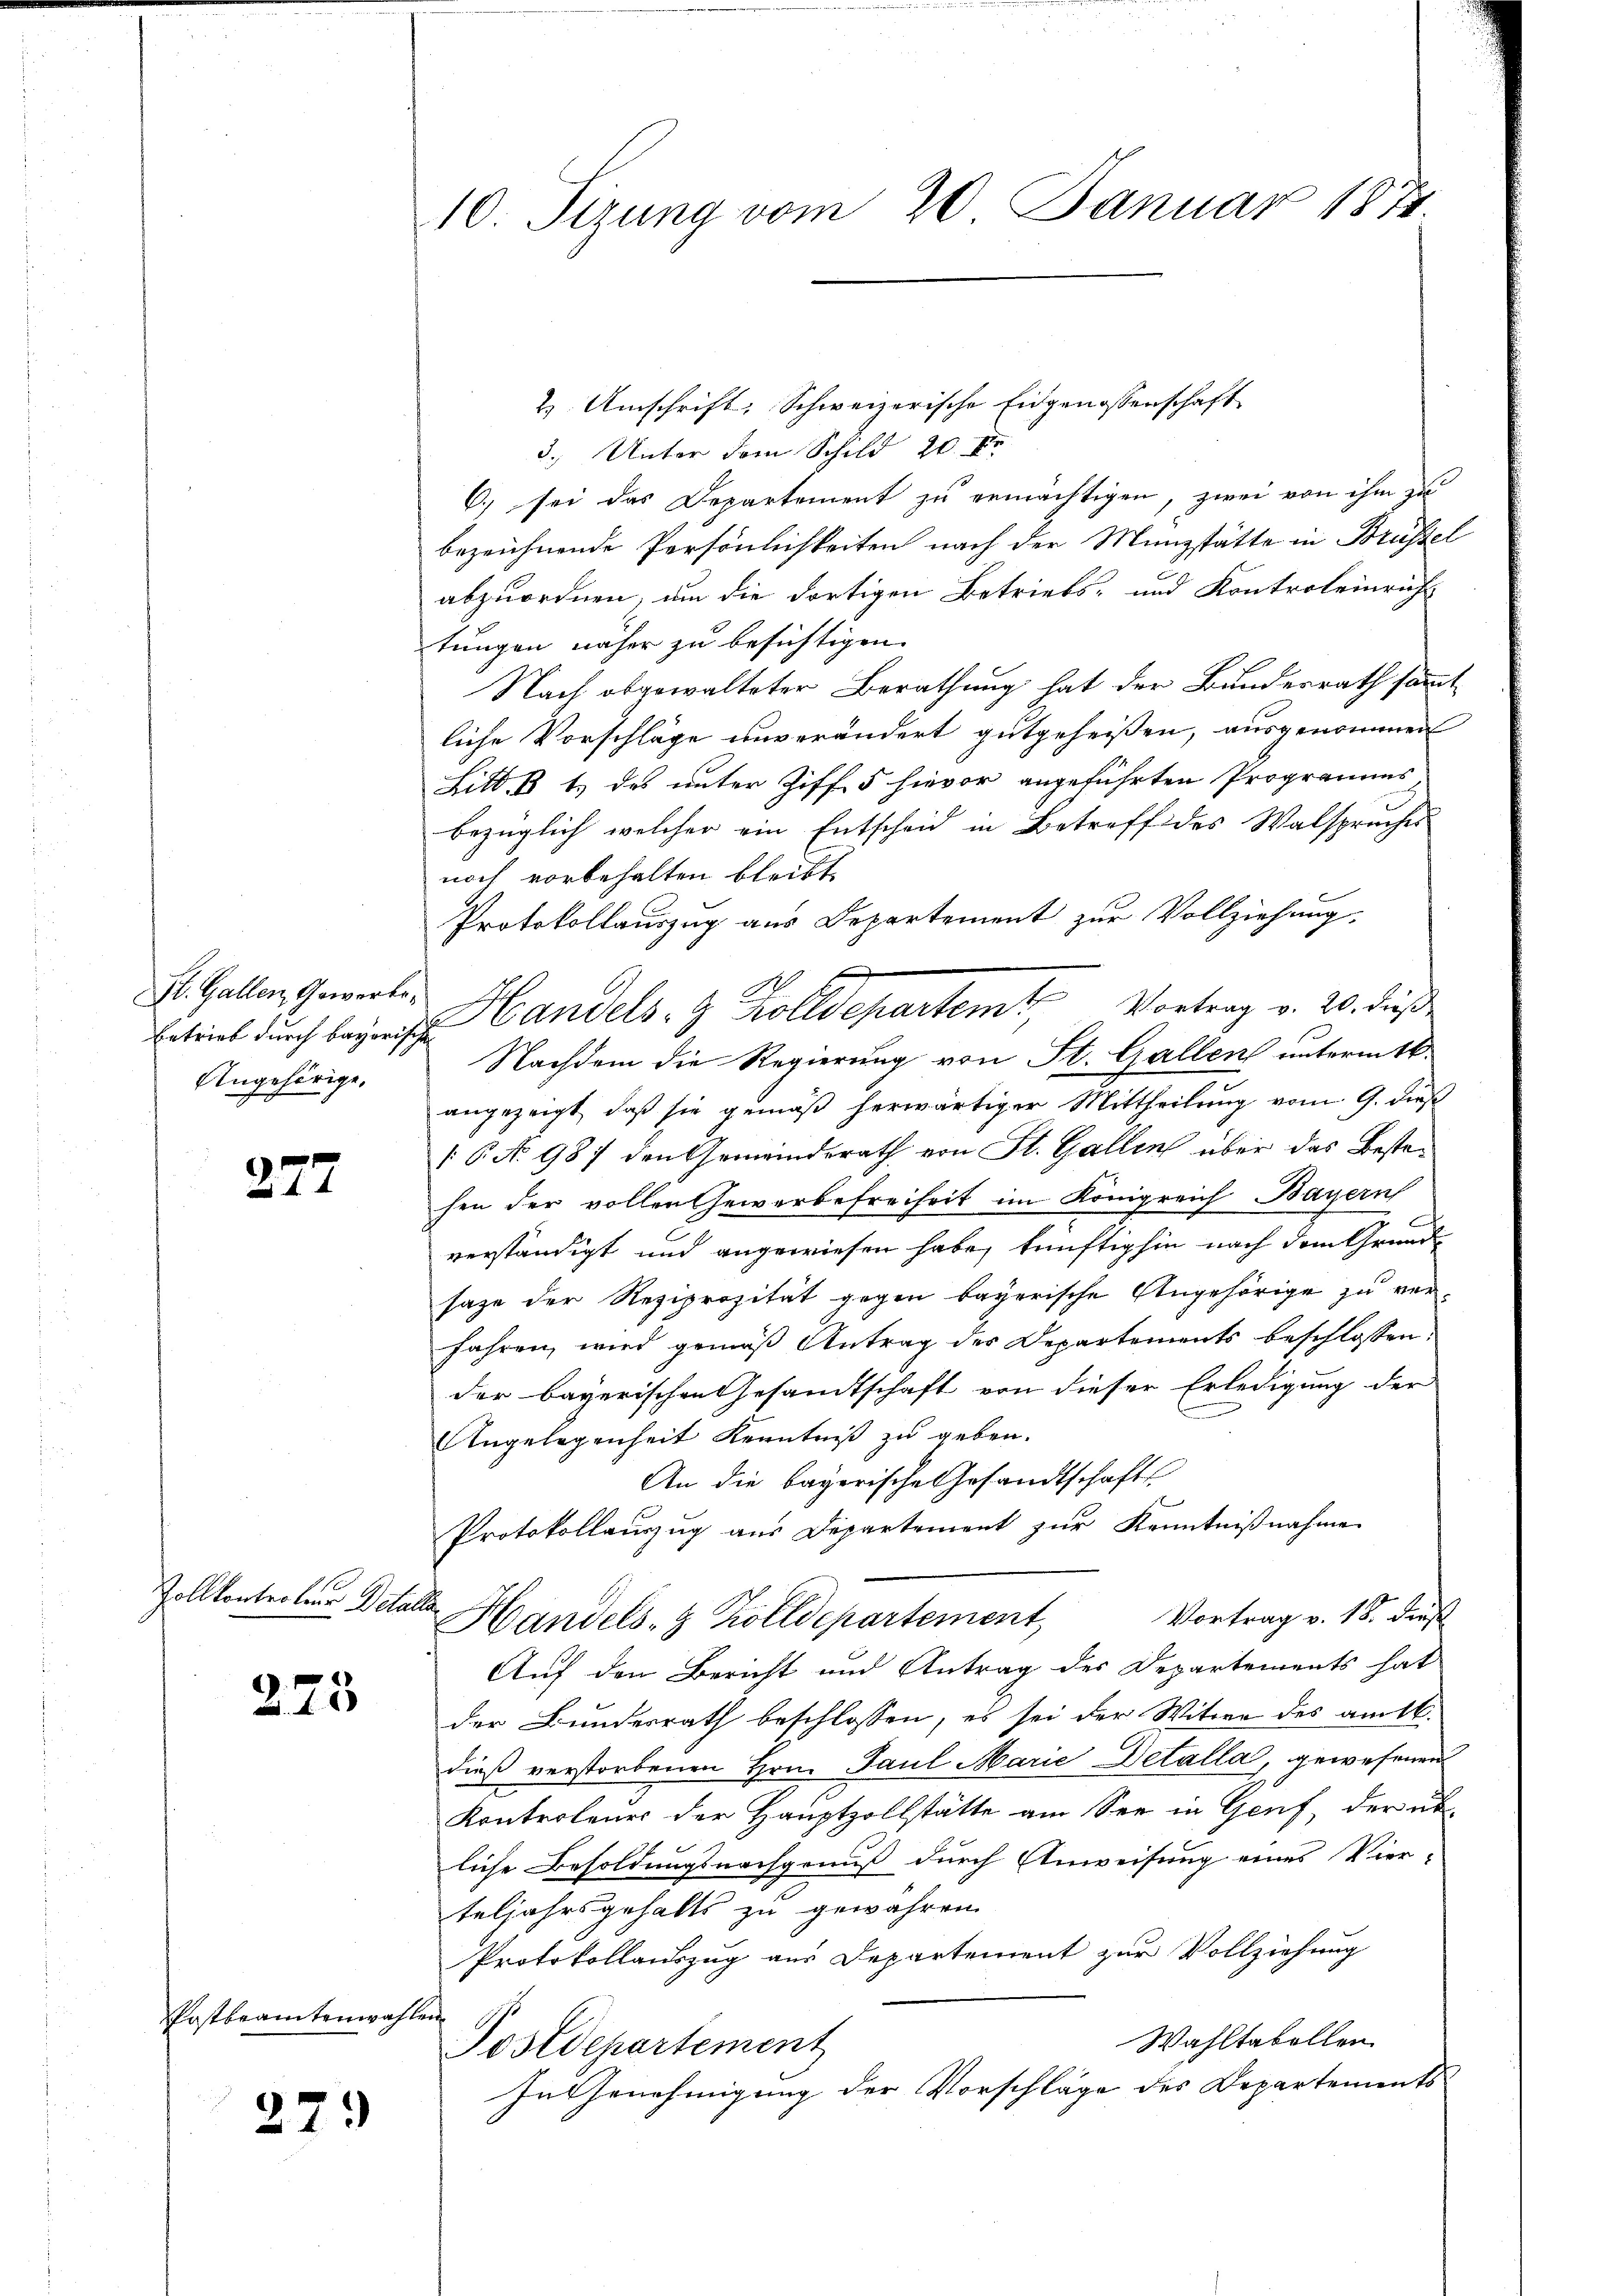
St. Gallen, Gewerbe¬
Angehörige,

277

Zollkontroleur Detalla

275

Postbeamtenwahlen

27.

10. Sizung vom 20. Januar 1874

2 Umschrift: Schweizerische Eidgenossenschaft
3.) Unter dem Schild 20 Fr.
C.) sei das Departement zu ermächtigen, zwei von ihm zu
bezeichnende Persönlichkeiten nach der Münzstätte in Brüstel
abzuordnen, um die dortigen Betriebs- und Kontroleinrich
tungen näher zu besichtigen.
Nach abgewalteter Berathung hat der Bundesrath sammt
liche Vorschläge unverändert gutgeheißen, ausgenommen
Litt. B 1.) des unter Ziff. 5 hievor angeführten Programms
bezüglich welcher ein Entscheid in Betreff des Walspruches
noch vorbehalten bleibt,
Protokollauszug aus Departement zur Vollziehung.
angezeigt, daß sie gemäß herwärtiger Mittheilung vom 9. dieß
P No 987 den Gemeinderath von St. Gallen über das Bestehen der vollen Gewerbefreiheit im Königreich Bayern
verständigt und angewiesen habe, künftighin nach dem Grundsaze der Reziprozität gegen bayerische Angehörige zu verfahren, wird gemäß Antrag des Departements beschlossen:
der bayerischen Gesandtschaft von dieser Erledigung der
e
Angelegenheit Kenntniß zu geben.
An die bayerische Gesandtschafts
Protokollauszug aus Departement zur Kenntnißnahme
Vortrag v. 18. dieß
Handels- & Zolldepartement
Auf den Bericht und Antrag des Departements hat
der Bundesrath beschlossen, es sei der Witwe des amtl.
dieß verstorbenen Hrn. Paul Marie Detalla, gewesenen
Kontertener der Hauptzollstätte am See in Genf, der unliche Besoldungsnachgenuß durch Anweisung eines Vier-
teljahrsgehalts zu gewähren
Protokollauszug aus Departement zur Vollziehung
Wahltabellen
Postdepartement
In Genehmigung der Vorschläge des Departements

x
Ertrieb dŭrch bayris andels- & Kolldepartem Vortrag v. 20. dieß
Nachdem die Regierung von St. Gallen untermitt